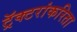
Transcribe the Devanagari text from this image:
ट्रॅक्टरांकरिता